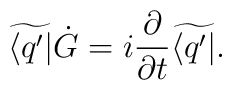
\widetilde{\langle q'|}\dot{G}        = i {\partial  \over \partial t} \widetilde{\langle q'|}.